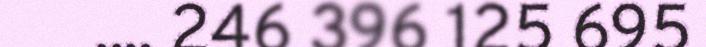
.... 246 396 125 695